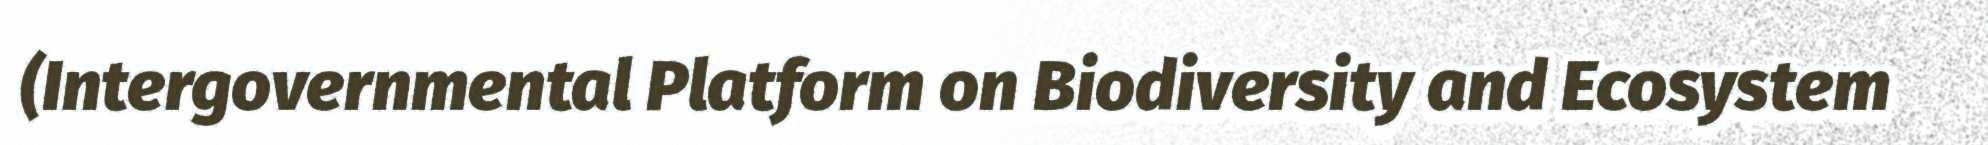
(Intergovernmental Platform on Biodiversity and Ecosystem